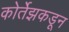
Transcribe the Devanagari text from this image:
कोर्तेझकडून